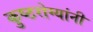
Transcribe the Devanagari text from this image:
कुष्ठरोग्यांनी